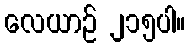
လေယာဉ် ၂၁၅ပါ။